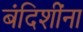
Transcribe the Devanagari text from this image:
बंदिशींना